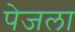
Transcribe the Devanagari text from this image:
पेजला